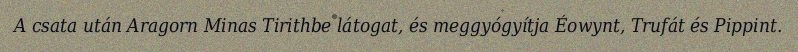
A csata után Aragorn Minas Tirithbe látogat, és meggyógyítja Éowynt, Trufát és Pippint.